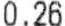
0.26